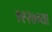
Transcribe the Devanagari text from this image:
१९२७च्या